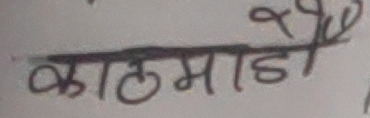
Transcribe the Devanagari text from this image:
काठमाडौं